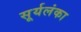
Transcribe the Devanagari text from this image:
सूर्यलंका